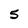
Character: 5